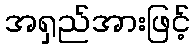
အရှည်အားဖြင့်